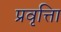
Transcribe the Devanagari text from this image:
प्रवृत्तिा